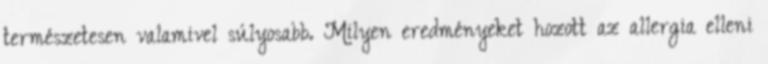
természetesen valamivel súlyosabb. Milyen eredményeket hozott az allergia elleni